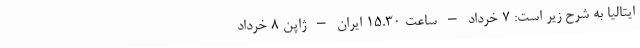
ایتالیا به شرح زیر است: ۷ خرداد – ساعت ۱۵.۳۰ ایران – ژاپن ۸ خرداد